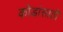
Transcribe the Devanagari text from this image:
कोडांसाठी